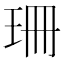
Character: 珊